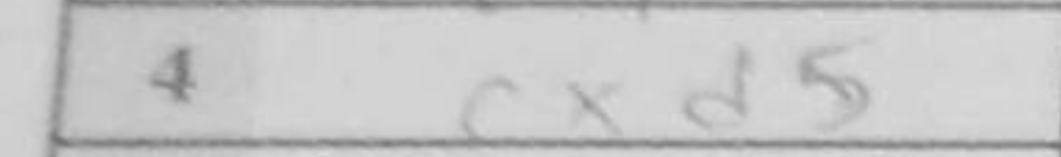
Transcription: cxd5